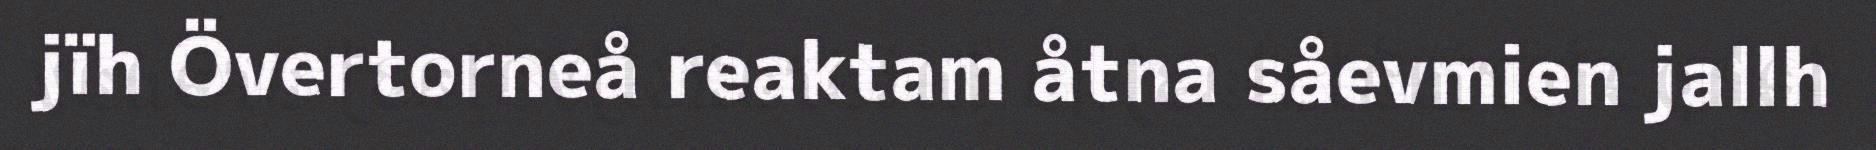
jïh Övertorneå reaktam åtna såevmien jallh